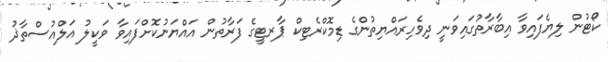
ކޯޓުން ލިޔެފައިވާ އިބާރާތުގައިވަނީ ދިވެހިރައްޔިތުންގެ ޑިމޮކްރެޓިކް ޕާރޓީގެ ފަރާތުން އައްޔަނުކޮށްފައިވާ ވަކީލު އަލްއުސްތާޛު